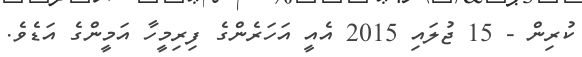
ކުރިން - 15 ޖުލައި 2015 އެއީ އަހަރެންގެ ފިރިމީހާ އަމީންގެ އަޑެވެ.